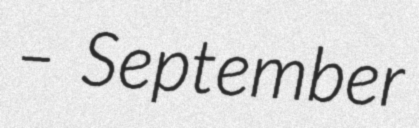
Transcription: – September